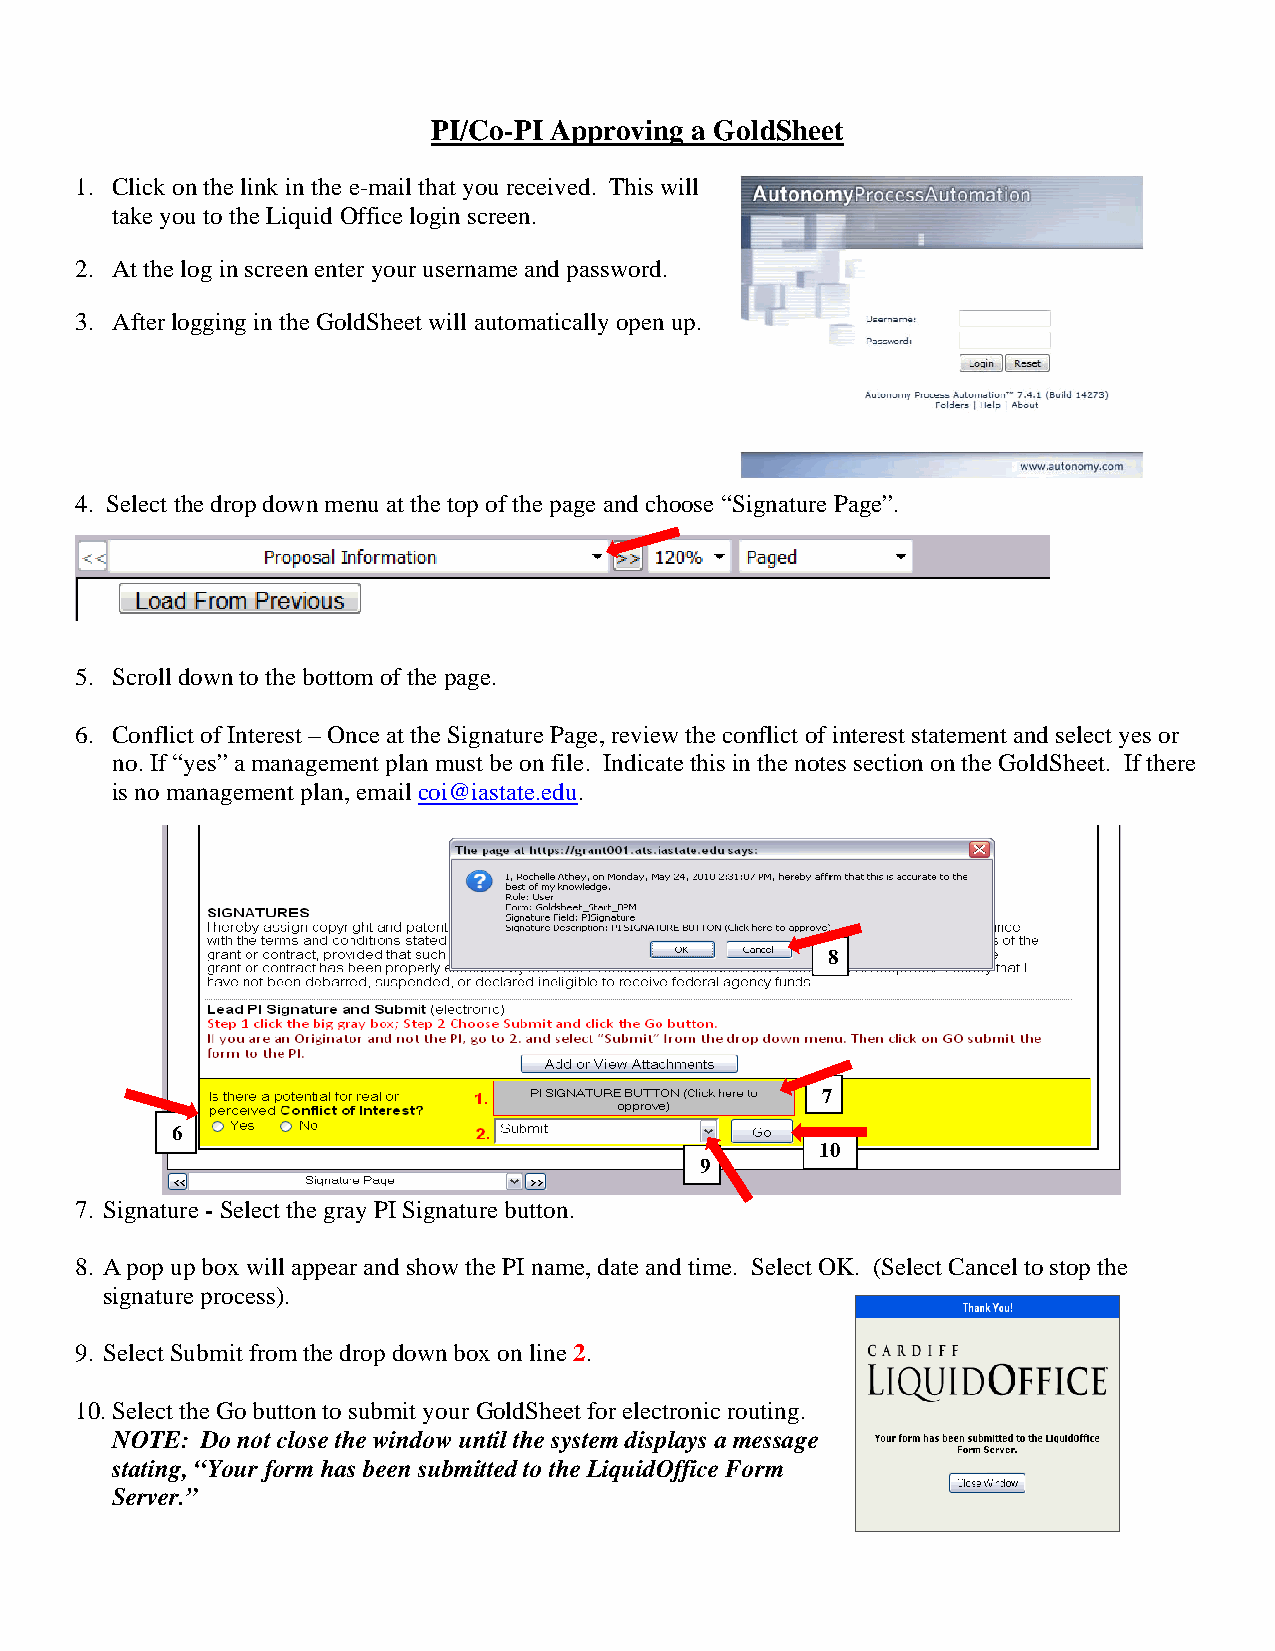
PI/Co-PI Approving a GoldSheet
 1. Click on the link in the e-mail that you received. This will
 take you to the Liquid Office login screen.
 2. At the log in screen enter your username and password.
 3. After logging in the GoldSheet will automatically open up.
 4. Select the drop down menu at the top of the page and choose “Signature Page”.
 5. Scroll down to the bottom of the page.
 6. Conflict of Interest – Once at the Signature Page, review the conflict of interest statement and select yes or
 no. If “yes” a management plan must be on file. Indicate this in the notes section on the GoldSheet. If there
 is no management plan, email coi@iastate.edu.
 8
 7
 6
 10
 9
 7. Signature - Select the gray PI Signature button.
 8. A pop up box will appear and show the PI name, date and time. Select OK. (Select Cancel to stop the
 signature process).
 9. Select Submit from the drop down box on line 2.
 10. Select the Go button to submit your GoldSheet for electronic routing.
 NOTE: Do not close the window until the system displays a message
 stating, “Your form has been submitted to the LiquidOffice Form
 Server.”